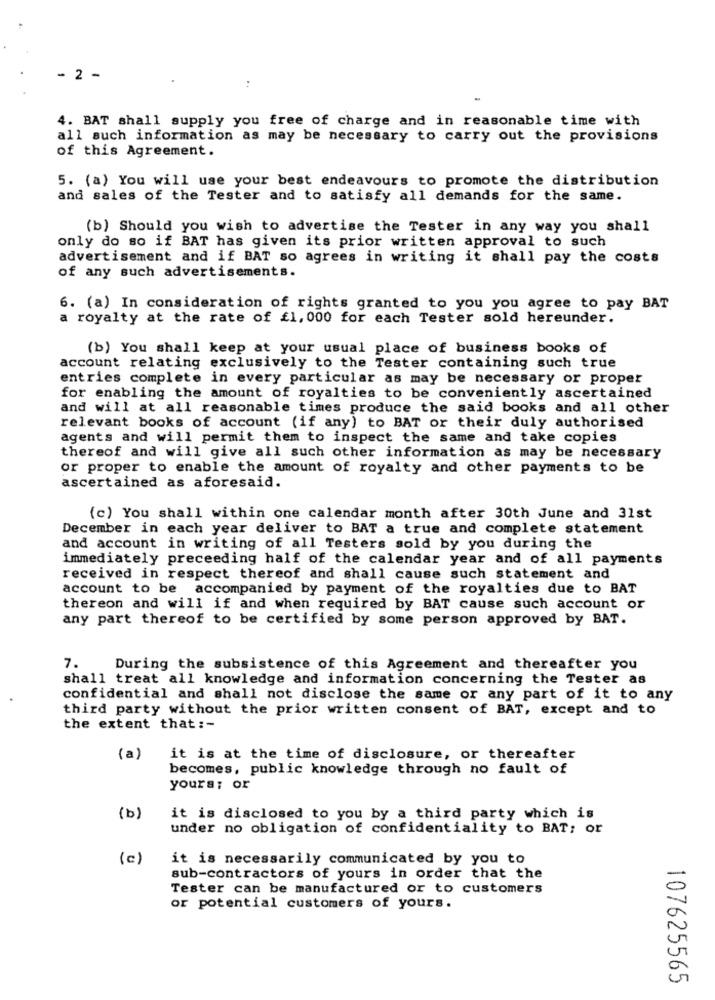
- 2 -
4. BAT shall supply you free of charge and in reasonable time with
all such information as may be necessary to carry out the provisions
of this Agreement.
5. (a) You will use your best endeavours to promote the distribution
and sales of the Tester and to satisfy all demands for the same.
(b) Should you wish to advertise the Tester in any way you shall
only do so if BAT has given its prior written approval to such
advertisement and if BAT so agrees in writing it shall pay the costs
of any such advertisements.
6. (a) In consideration of rights granted to you you agree to pay BAT
a royalty at the rate of £1, 000 for each Tester sold hereunder.
(b) You shall keep at your usual place of business books of
account relating exclusively to the Tester containing such true
entries complete in every particular as may be necessary or proper
for enabling the amount of royalties to be conveniently ascertained
and will at all reasonable times produce the said books and all other
relevant books of account (if any) to BAT or their duly authorised
agents and will permit them to inspect the same and take copies
thereof and will give all such other information as may be necessary
or proper to enable the amount of royalty and other payments to be
ascertained as aforesaid.
(c) You shall within one calendar month after 30th June and 31st
December in each year deliver to BAT a true and complete statement
and account in writing of all Testers sold by you during the
immediately preceeding half of the calendar year and of all payments
received in respect thereof and shall cause such statement and
account to be accompanied by payment of the royalties due to BAT
thereon and will if and when required by BAT cause such account or
any part thereof to be certified by some person approved by BAT.
7.
During the subsistence of this Agreement and thereafter you
shall treat all knowledge and information concerning the Tester as
confidential and shall not disclose the same or any part of it to any
third party without the prior written consent of BAT, except and to
the extent that :-
(a)
it is at the time of disclosure, or thereafter
becomes, public knowledge through no fault of
yours; or
(b)
it is disclosed to you by a third party which is
under no obligation of confidentiality to BAT; or
(c)
it is necessarily communicated by you to
sub-contractors of yours in order that the
Tester can be manufactured or to customers
or potential customers of yours.
107625565